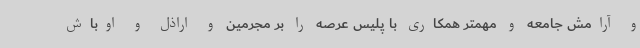
و آرامش جامعه و مهمتر همکاری با پلیس عرصه را بر مجرمین و اراذل و اوباش